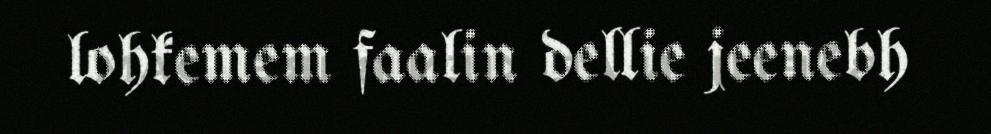
lohkemem faalin dellie jeenebh